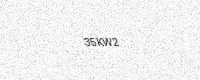
Text: 35KW2